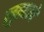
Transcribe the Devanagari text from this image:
लुसाले